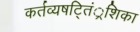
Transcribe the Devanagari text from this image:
कर्तव्यषट्तिं्रशिका